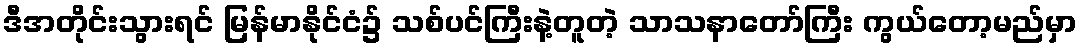
ဒီအတိုင်းသွားရင် မြန်မာနိုင်ငံ၌ သစ်ပင်ကြီးနဲ့တူတဲ့ သာသနာတော်ကြီး ကွယ်တော့မည်မှာ